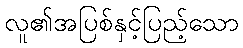
လူ၏အပြစ်နှင့်ပြည့်သော